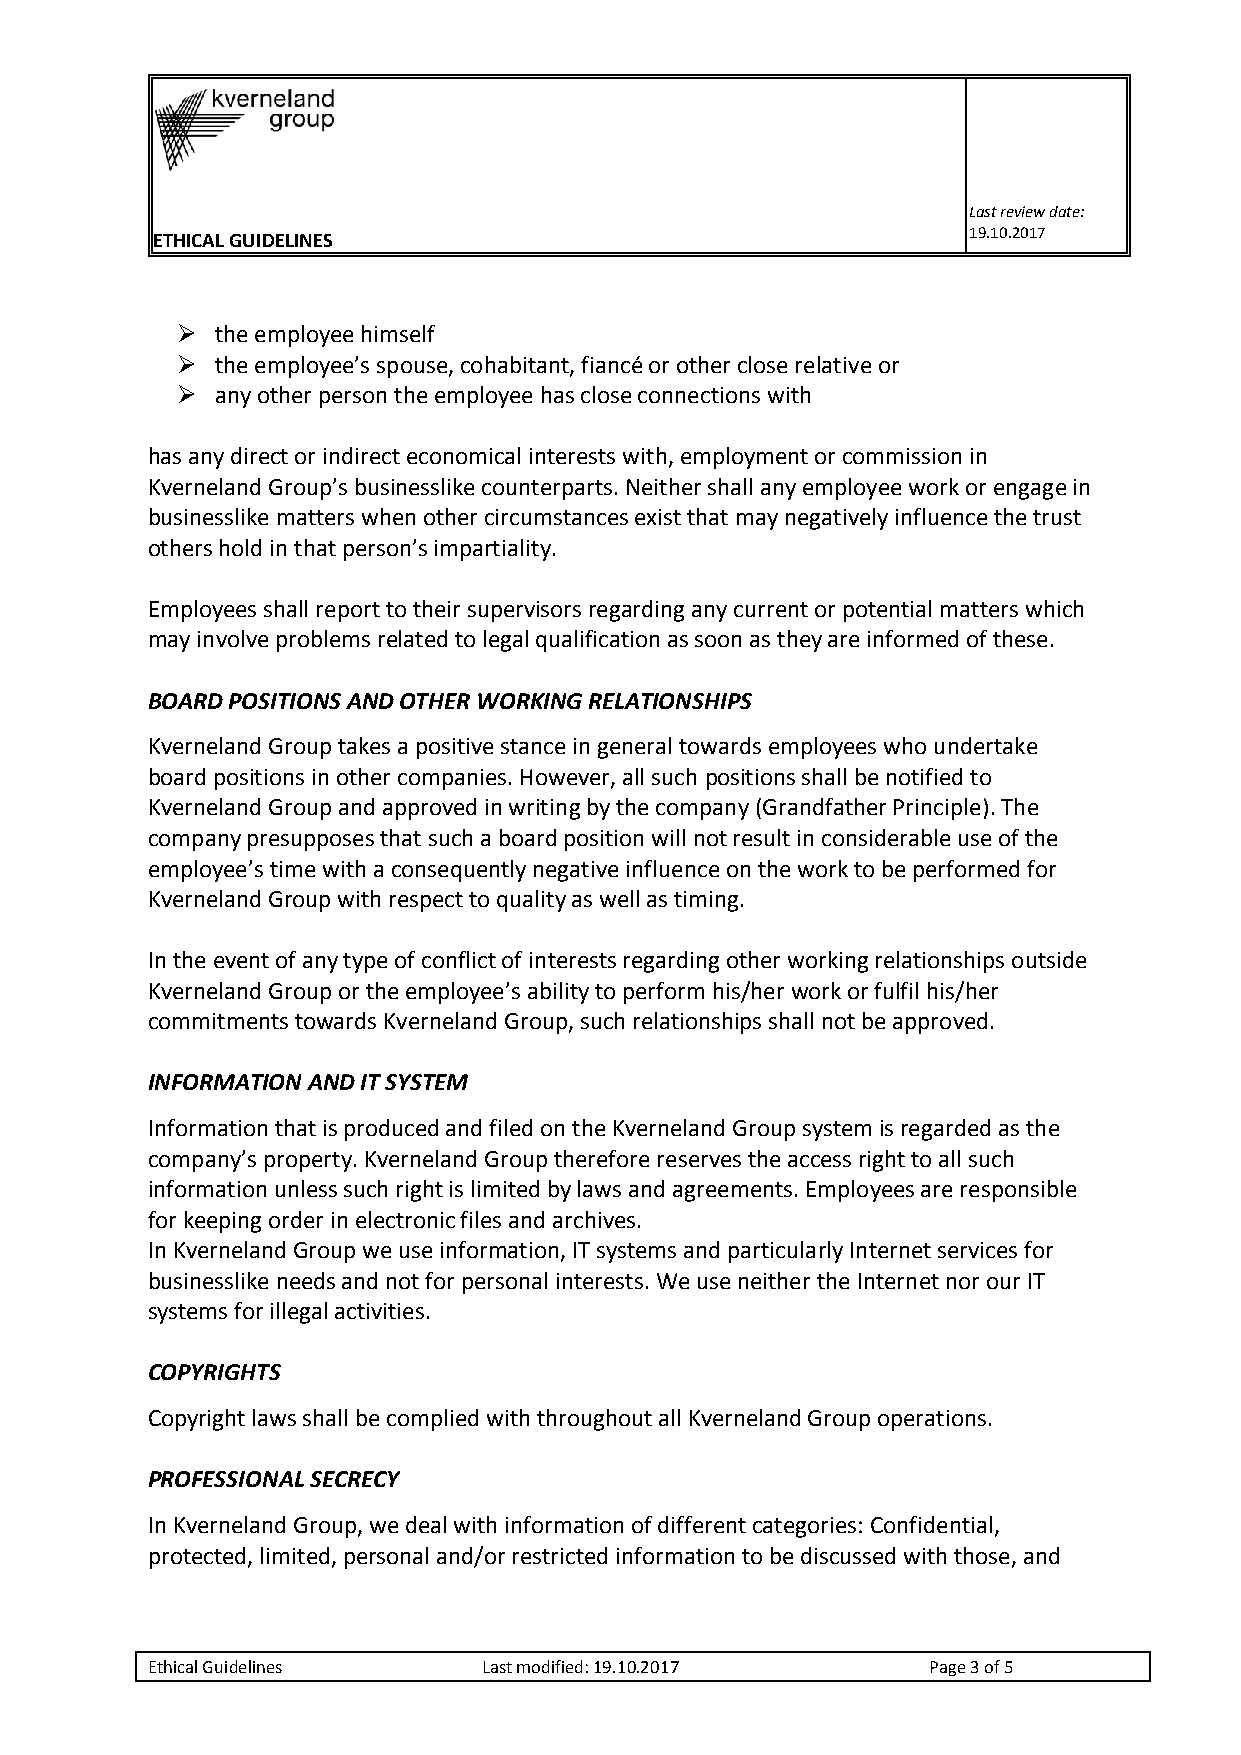
Last review date:
 ETHICAL GUIDELINES                                    19.10.2017
  the employee himself
  the employee’s spouse, cohabitant, fiancé or other close relative or
  any other person the employee has close connections with
 has any direct or indirect economical interests with, employment or commission in
 Kverneland Group’s businesslike counterparts. Neither shall any employee work or engage in
 businesslike matters when other circumstances exist that may negatively influence the trust
 others hold in that person’s impartiality.
 Employees shall report to their supervisors regarding any current or potential matters which
 may involve problems related to legal qualification as soon as they are informed of these.
 BOARD POSITIONS AND OTHER WORKING RELATIONSHIPS
 Kverneland Group takes a positive stance in general towards employees who undertake
 board positions in other companies. However, all such positions shall be notified to
 Kverneland Group and approved in writing by the company (Grandfather Principle). The
 company presupposes that such a board position will not result in considerable use of the
 employee’s time with a consequently negative influence on the work to be performed for
 Kverneland Group with respect to quality as well as timing.
 In the event of any type of conflict of interests regarding other working relationships outside
 Kverneland Group or the employee’s ability to perform his/her work or fulfil his/her
 commitments towards Kverneland Group, such relationships shall not be approved.
 INFORMATION AND IT SYSTEM
 Information that is produced and filed on the Kverneland Group system is regarded as the
 company’s property. Kverneland Group therefore reserves the access right to all such
 information unless such right is limited by laws and agreements. Employees are responsible
 for keeping order in electronic files and archives.
 In Kverneland Group we use information, IT systems and particularly Internet services for
 businesslike needs and not for personal interests. We use neither the Internet nor our IT
 systems for illegal activities.
 COPYRIGHTS
 Copyright laws shall be complied with throughout all Kverneland Group operations.
 PROFESSIONAL SECRECY
 In Kverneland Group, we deal with information of different categories: Confidential,
 protected, limited, personal and/or restricted information to be discussed with those, and
 Ethical Guidelines    Last modified: 19.10.2017    Page 3 of 5